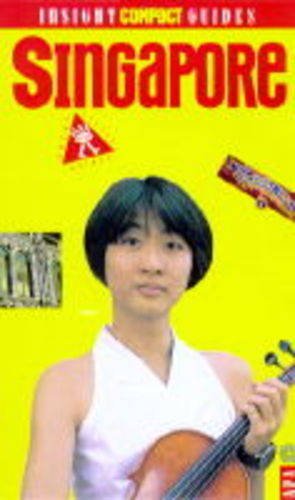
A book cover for Singapore Insight Compact Guide (Insight Compact Guides); Travel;